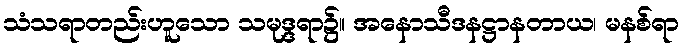
သံသရာတည်းဟူသော သမုဒ္ဒရာ၌။ အနောသီဒနဋ္ဌာနတာယ၊ မနစ်ရာ